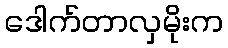
ဒေါက်တာလှမိုးက